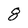
Character: 8